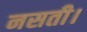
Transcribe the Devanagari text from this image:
नसती।